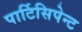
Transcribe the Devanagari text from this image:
पार्टिसिपेन्ट